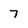
Character: 7